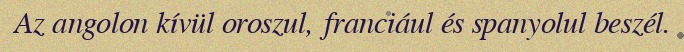
Az angolon kívül oroszul, franciául és spanyolul beszél.